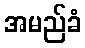
အမည်ခံ